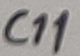
Text: C11